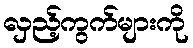
လှည့်ကွက်များကို